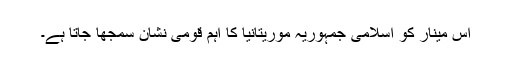
اس مینار کو اسلامی جمہوریہ موریتانیا کا اہم قومی نشان سمجھا جاتا ہے۔